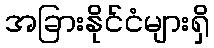
အခြားနိုင်ငံများရှိ